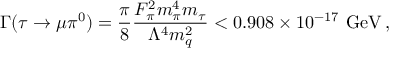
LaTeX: \Gamma ( \tau \rightarrow \mu \pi ^ { 0 } ) = \frac { \pi } { 8 } \frac { F _ { \pi } ^ { 2 } m _ { \pi } ^ { 4 } m _ { \tau } } { \Lambda ^ { 4 } m _ { q } ^ { 2 } } < 0 . 9 0 8 \times 1 0 ^ { - 1 7 } ~ \mathrm { G e V } \, ,